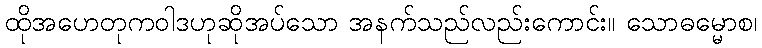
ထိုအဟေတုကဝါဒဟုဆိုအပ်သော အနက်သည်လည်းကောင်း။ သောဓမ္မောစ၊